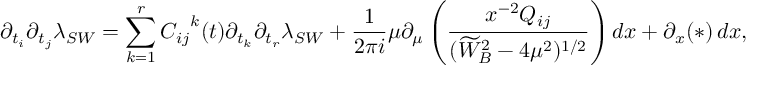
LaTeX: \partial _ { t _ { i } } \partial _ { t _ { j } } \lambda _ { S W } = \sum _ { k = 1 } ^ { r } { C _ { i j } } ^ { k } ( t ) \partial _ { t _ { k } } \partial _ { t _ { r } } \lambda _ { S W } + { \frac { 1 } { 2 \pi i } } \mu \partial _ { \mu } \left( { \frac { x ^ { - 2 } Q _ { i j } } { ( \widetilde { W } _ { B } ^ { 2 } - 4 \mu ^ { 2 } ) ^ { 1 / 2 } } } \right) d x + \partial _ { x } ( * ) \, d x ,